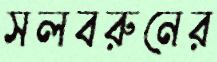
সলবরুনের